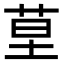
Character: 𦯖